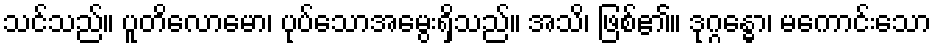
သင်သည်။ ပူတိလောမော၊ ပုပ်သောအမွေးရှိသည်။ အသိ၊ ဖြစ်၏။ ဒုဂ္ဂန္ဓော၊ မကောင်းသော